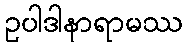
ဥပါဒါနာရာမဿ